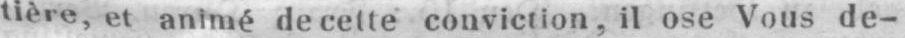
tière, et animé de cette conviction, il ose Vous de-